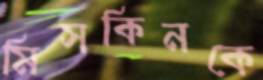
মিসকিনকে